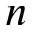
n